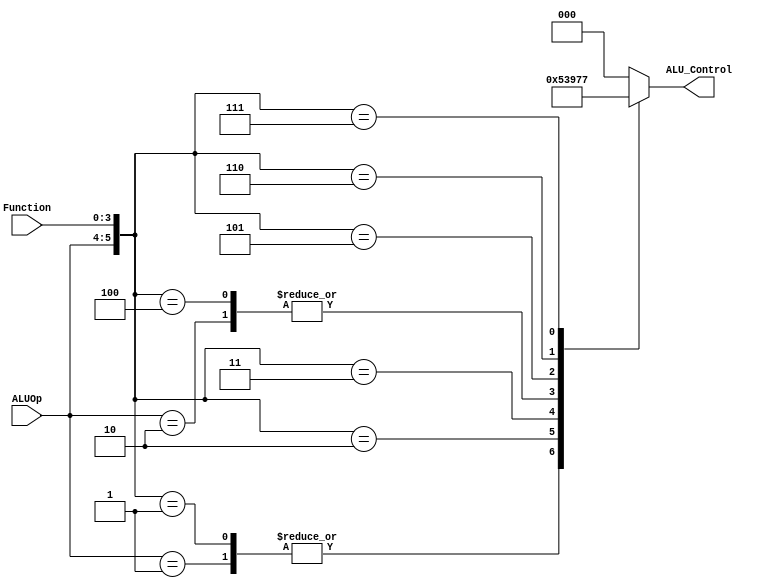
// Submodule: ALU Control Unit in Verilog 
 module ALUControl( ALU_Control, ALUOp, Function);  
 output reg[2:0] ALU_Control;  
 input [1:0] ALUOp;  
 input [3:0] Function;  
 wire [5:0] ALUControlIn;  
 assign ALUControlIn = {ALUOp,Function};  
 always @(ALUControlIn)  
 casex (ALUControlIn)  
  6'b11xxxx: ALU_Control=3'b000;  
  6'b10xxxx: ALU_Control=3'b100;  
  6'b01xxxx: ALU_Control=3'b001;  
  6'b000000: ALU_Control=3'b000;  
  6'b000001: ALU_Control=3'b001;  
  6'b000010: ALU_Control=3'b010;  
  6'b000011: ALU_Control=3'b011;  
  6'b000100: ALU_Control=3'b100; 
  6'b000101: ALU_Control=3'b101;
  6'b000110: ALU_Control=3'b110;
  6'b000111: ALU_Control=3'b111;  
  default: ALU_Control=3'b000;  
  endcase  
 endmodule